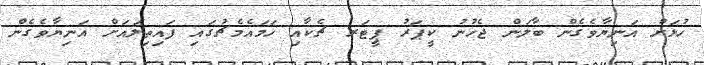
ހުޅަށް އަނިޔާވެގެން ބާލަން ޖެހުނު ކީޕަރު ޕީޓަރ ޗެކާއި ހަމައެމެޗުގައި ފައިތިލައަށް އަނިޔާވެގެން